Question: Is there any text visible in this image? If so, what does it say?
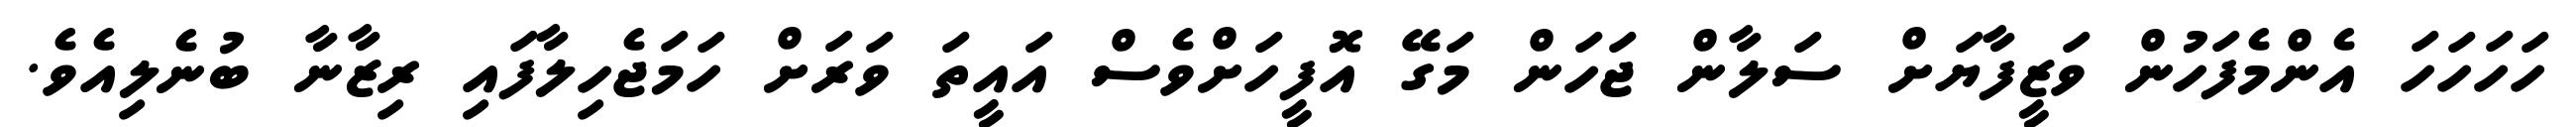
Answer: ހަހަހަހަ އެންމެފަހުން ވަޒީފާޔަށް ސަލާން ޖަހަން މަގޭ އޮފީހަށްވެސް އައީތަ ވަރަށް ހަމަޖެހިލާފައި ރިޒާނާ ބުނެލިއެވެ.